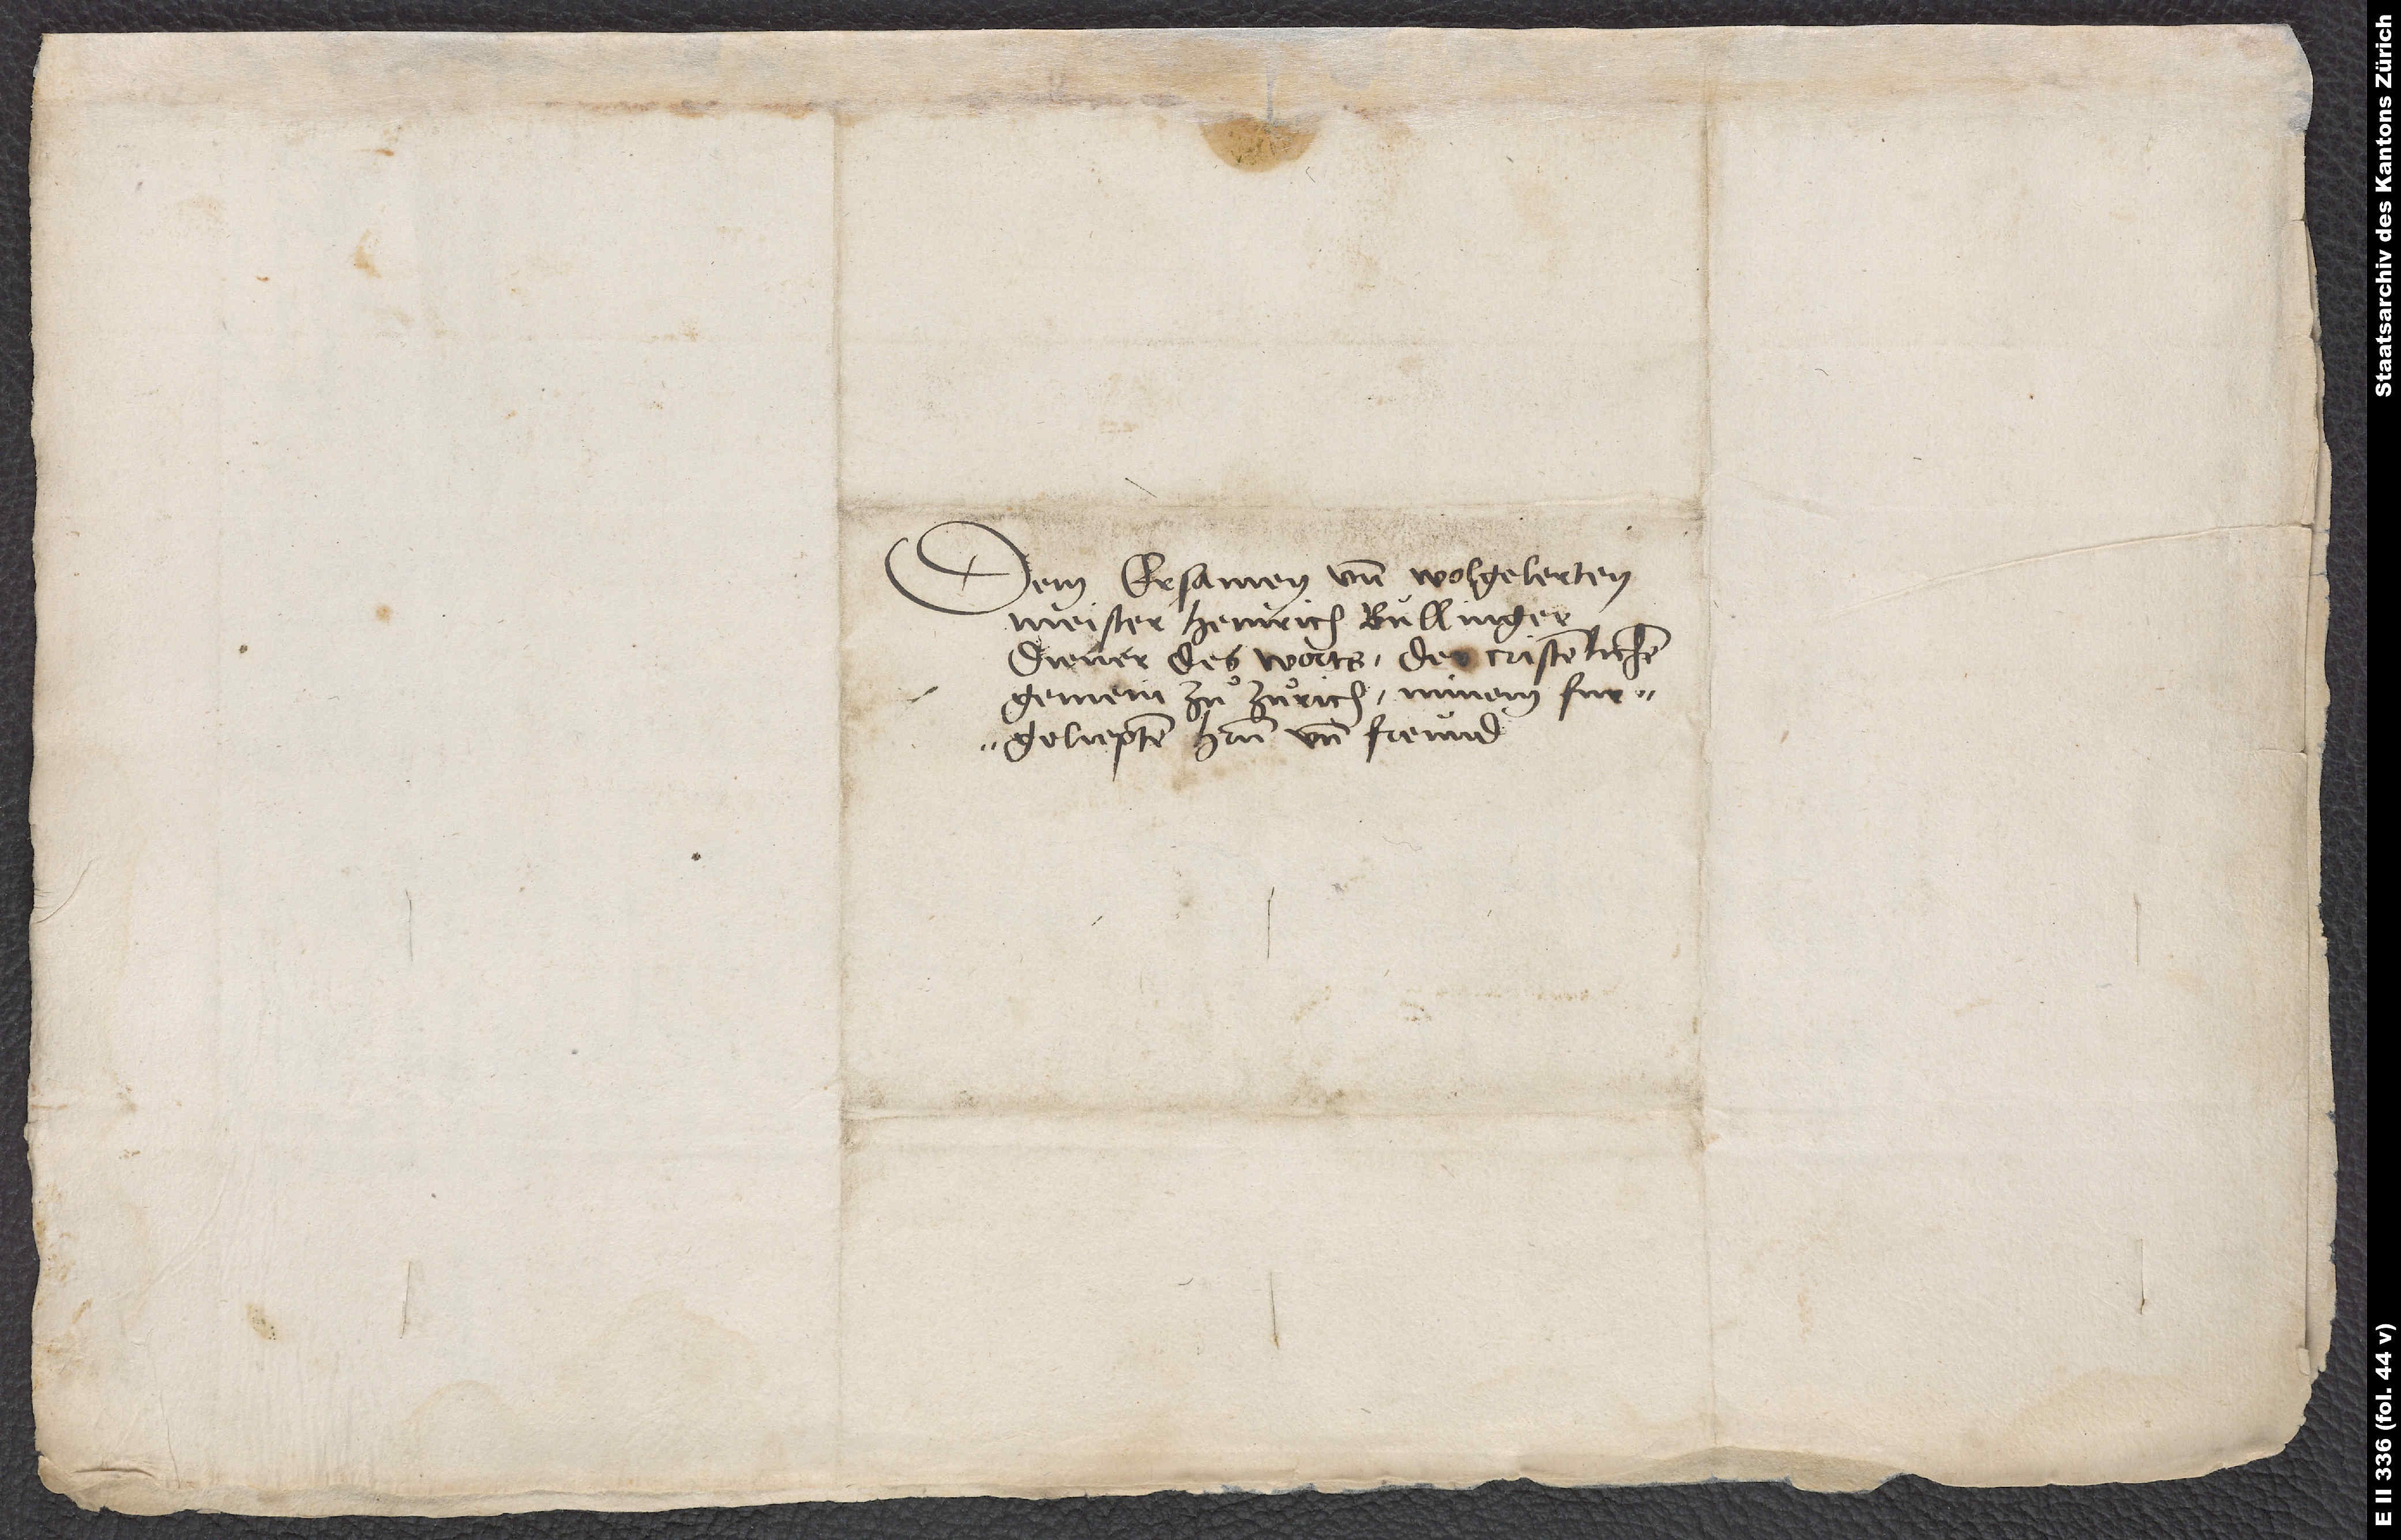
Dem ersamen und wolgelerten
Meister Heinrich Bullinger,
diener des worts der cristenlichen
gemein zuͦ Zuͦrich, minem furgeliepten
furgeliepter herr und freund.